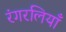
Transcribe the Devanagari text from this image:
रंगरलियाँ